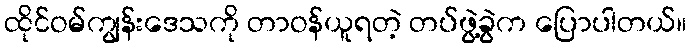
ထိုင်ဝမ်ကျွန်းဒေသကို တာဝန်ယူရတဲ့ တပ်ဖွဲ့ခွဲက ပြောပါတယ်။